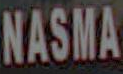
NASMA